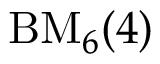
\mathrm { B M } _ { 6 } ( 4 )